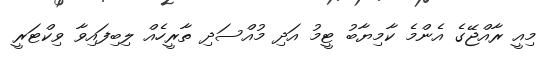
މިއީ ރާއްޖޭގެ އެންމެ ކާމިޔާބު ޓީމު އަދި މުއްސަދި ތާރީހެއް ލިބިފައިވާ ވިކްޓަރީ